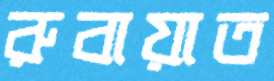
রুবায়াত